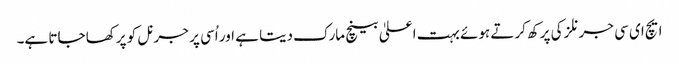
ایچ ای سی جرنلز کی پرکھ کرتے ہوئے بہت اعلیٰ بینچ مارک دیتا ہے اور اُسی پر جرنل کو پرکھا جاتا ہے۔